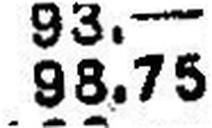
98.75